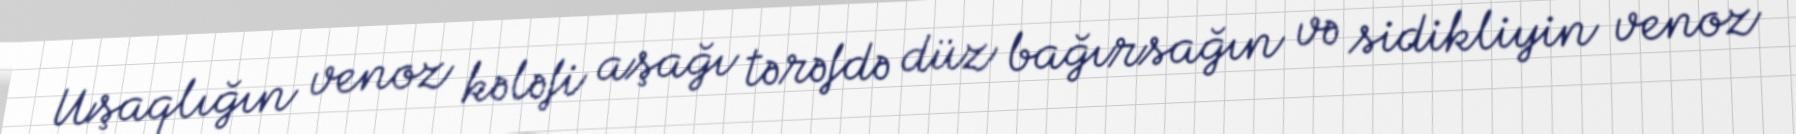
Uşaqlığın venoz kələfi aşağı tərəfdə düz bağırsağın və sidikliyin venoz